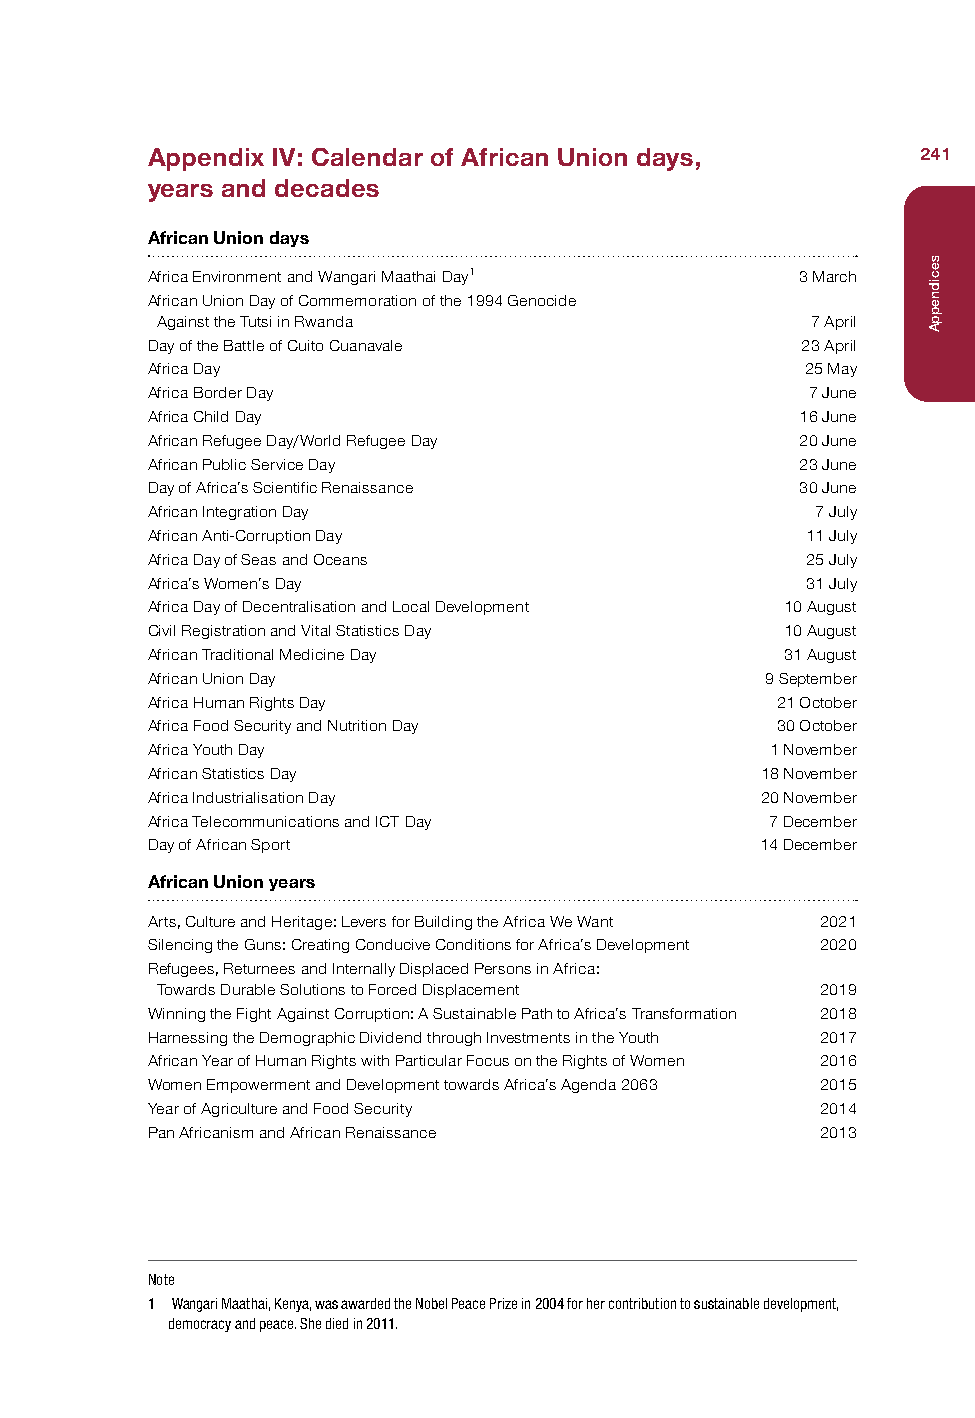
Appendix IV: Calendar of African Union days,       241
 years and decades
 African Union days
 Africa Environment and Wangari Maathai Day1 3 March
 African Union Day of Commemoration of the 1994 Genocide
 Against the Tutsi in Rwanda                 7 April
 Day of the Battle of Cuito Cuanavale       23 April
 Africa Day                                 25 May
 Africa Border Day                           7 June
 Africa Child Day                           16 June
 African Refugee Day/World Refugee Day      20 June
 African Public Service Day                 23 June
 Day of Africa’s Scientific Renaissance     30 June
 African Integration Day                     7 July
 African Anti-Corruption Day                11 July
 Africa Day of Seas and Oceans              25 July
 Africa’s Women’s Day                       31 July
 Africa Day of Decentralisation and Local Development 10 August
 Civil Registration and Vital Statistics Day 10 August
 African Traditional Medicine Day          31 August
 African Union Day                        9 September
 Africa Human Rights Day                  21 October
 Africa Food Security and Nutrition Day   30 October
 Africa Youth Day                         1 November
 African Statistics Day                  18 November
 Africa Industrialisation Day            20 November
 Africa Telecommunications and ICT Day    7 December
 Day of African Sport                    14 December
 African Union years
 Arts, Culture and Heritage: Levers for Building the Africa We Want 2021
 Silencing the Guns: Creating Conducive Conditions for Africa’s Development 2020
 Refugees, Returnees and Internally Displaced Persons in Africa:
 Towards Durable Solutions to Forced Displacement 2019
 Winning the Fight Against Corruption: A Sustainable Path to Africa’s Transformation 2018
 Harnessing the Demographic Dividend through Investments in the Youth 2017
 African Year of Human Rights with Particular Focus on the Rights of Women 2016
 Women Empowerment and Development towards Africa’s Agenda 2063 2015
 Year of Agriculture and Food Security       2014
 Pan Africanism and African Renaissance      2013
 Note
 1 Wangari Maathai, Kenya, was awarded the Nobel Peace Prize in 2004 for her contribution to sustainable development,
 democracy and peace. She died in 2011.
 secidneppA